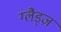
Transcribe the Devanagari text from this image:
ग्लैड्ज़